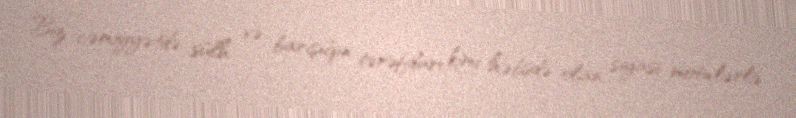
Biz cəmiyyətdə sülh və barışığın tərəfdarı kimi həbsdə olan, siyasi motivlərlə